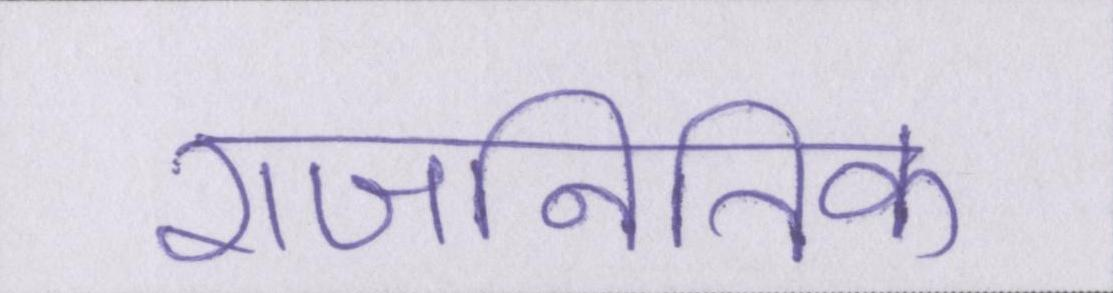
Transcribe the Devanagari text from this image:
राजनितिक